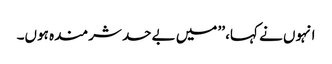
انہوں نے کہا، ’’ میں بےحد شرمندہ ہوں۔